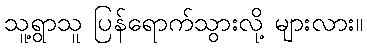
သူ့ရွာသူ ပြန်ရောက်သွားလို့ များလား။